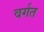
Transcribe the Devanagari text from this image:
वर्गत